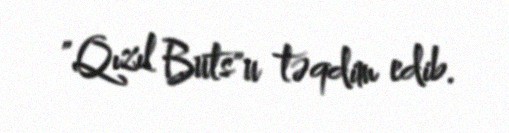
"Qızıl Buts"u təqdim edib.